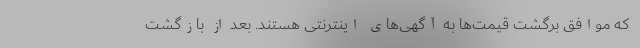
که موافق برگشت قیمت‌ها به آگهی‌های اینترنتی هستند. بعد از بازگشت